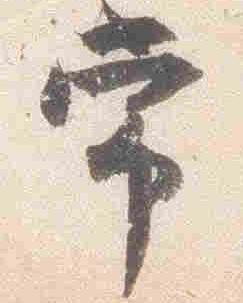
常